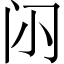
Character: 𮤭